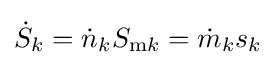
{\dot {S}}_{k}={\dot {n}}_{k}S_{{\text{m}}k}={\dot {m}}_{k}s_{k}